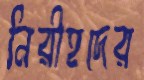
নিরীহদের